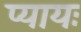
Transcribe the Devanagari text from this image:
प्यायः